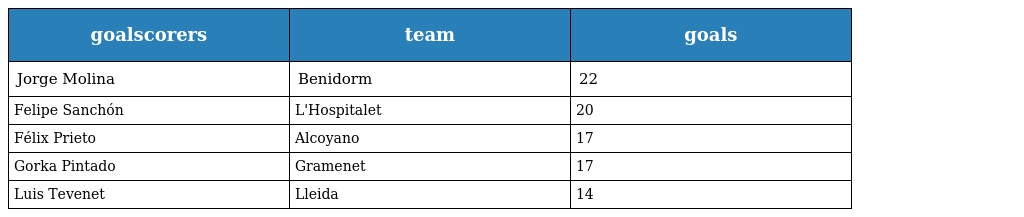
| goalscorers | team | goals |
 | --- | --- | --- |
 | Jorge Molina | Benidorm | 22 |
 | Felipe Sanchón | L'Hospitalet | 20 |
 | Félix Prieto | Alcoyano | 17 |
 | Gorka Pintado | Gramenet | 17 |
 | Luis Tevenet | Lleida | 14 |